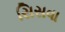
સિસવા